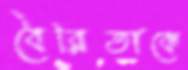
বৈরিতাকে